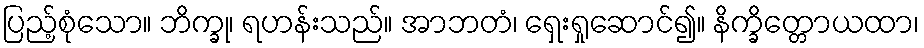
ပြည့်စုံသော။ ဘိက္ခု၊ ရဟန်းသည်။ အာဘတံ၊ ရှေးရှုဆောင်၍။ နိက္ခိတ္တောယထာ၊